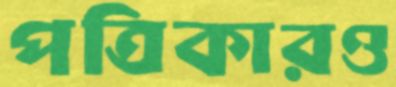
পত্রিকারও